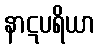
နာဋပရိယာ